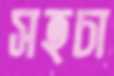
সহচা